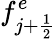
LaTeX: f_{j+\frac{1}{2}}^{e}